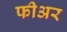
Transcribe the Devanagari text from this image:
फीअर